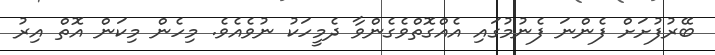
ބޭރުފުށަށް ފެންނަ ފެނުމުގައި އެއްގޮތްވެގެންވާ ދެމީހަކު ނުވެއެވެ. މިހެން މިކަން އޮތް އިރު